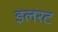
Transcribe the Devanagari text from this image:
इलरट